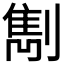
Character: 𠟠